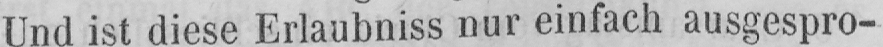
Und ist diese Erlaubniss nur einfach ausgespro-